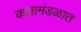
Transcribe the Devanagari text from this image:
कलामंडळात